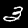
Label: 3